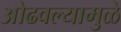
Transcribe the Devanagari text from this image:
ओढवल्यामुळे